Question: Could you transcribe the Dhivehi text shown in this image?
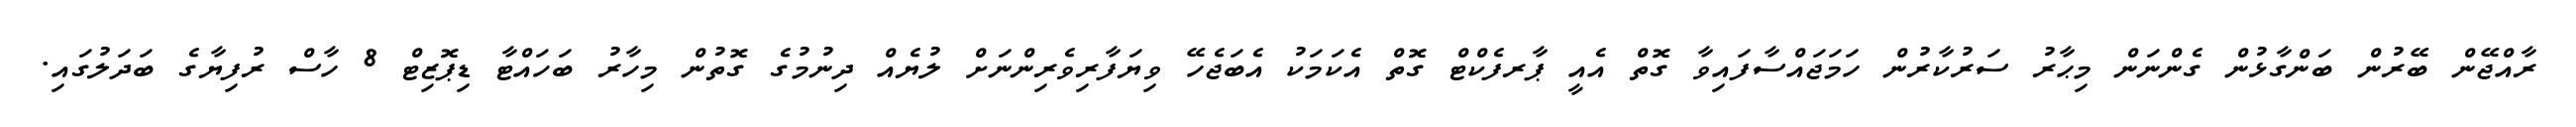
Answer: ރާއްޖޭން ބޭރުން ބަންގާޅުން ގެންނަން މިޙާރު ސަރުކާރުން ހަމަޖައްސާފައިވާ ގޮތް އެއީ ޕާރފެކްޓް ގޮތް އެކަމަކު އެބަޖެހޭ ވިޔަފާރިވެރިންނަށް ލުޔެއް ދިނުމުގެ ގޮތުން މިހާރު ބަހައްޓާ ޑިޕޮޒިޓް 8 ހާސް ރުފިޔާގެ ބަދަލުގައި.